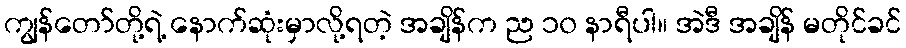
ကျွန်တော်တို့ရဲ့ နောက်ဆုံးမှာလို့ရတဲ့ အချိန်က ည ၁၀ နာရီပါ။ အဲဒီ အချိန် မတိုင်ခင်